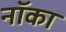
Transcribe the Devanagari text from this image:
नॉका